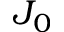
J _ { 0 }